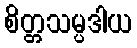
စိတ္တသမ္ပဒါယ